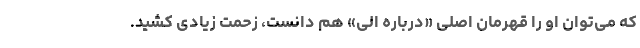
که می‌توان او را قهرمان اصلی «درباره الی» هم دانست، زحمت زیادی کشید.